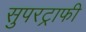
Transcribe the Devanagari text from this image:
सुपरट्राफी